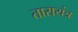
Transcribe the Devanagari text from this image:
तारायंत्र